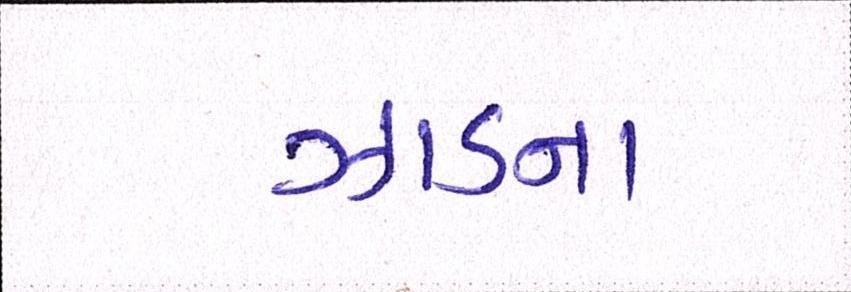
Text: ઝાડના